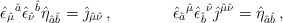
\begin{align*}\hat{\epsilon}_{\hat{\mu}}{}^{\hat{a}}\hat{\epsilon}_{\hat{\nu}}{}^{\hat{b}}\hat{\eta}_{\hat{a}\hat{b}}=\hat{\jmath}_{\hat{\mu}\hat{\nu}}\, ,\hspace{1.5cm}\hat{\epsilon}_{\hat{a}}{}^{\hat{\mu}}\hat{\epsilon}_{\hat{b}}{}^{\hat{\nu}}\hat{\jmath}^{\hat{\mu}\hat{\nu}} = \hat{\eta}_{\hat{a}\hat{b}}\, ,\end{align*}